Civil Veterinary Department Bengal reports 1923-33 - 1923-1933
Year: 1923
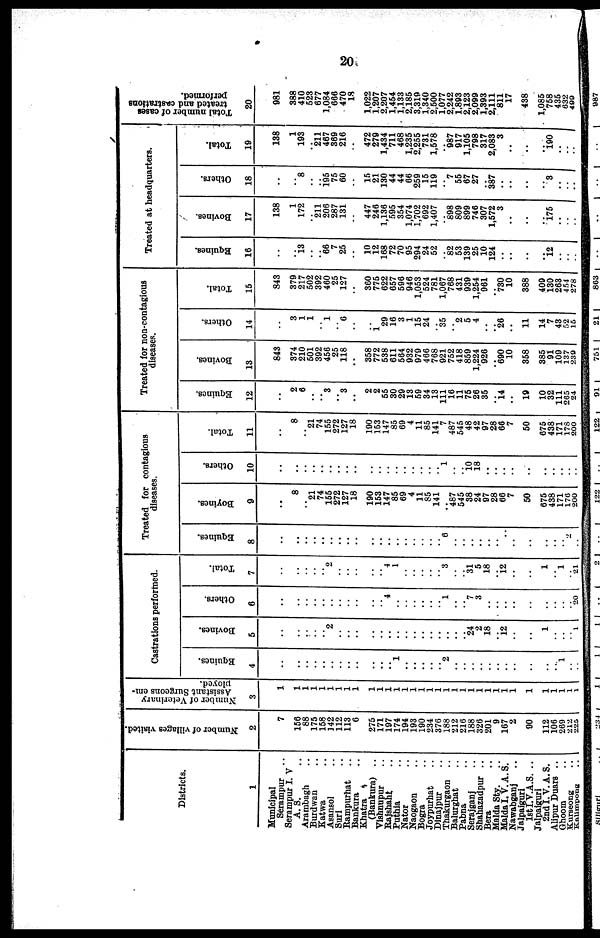
20
Districts.
1
Municipal
Serampur ..
Serampur I. V
A. S. ..
Arambagh ..
Burdwan ..
Katwa ..
Asansol ..
Suri ..
Rampurhat ..
Bankura ..
Khatra ..
(Bankura) ..
Vishnupur ..
Bajshaht ..
Puthia ..
Nator ..
Naogaon ..
Bogra ..
Joypurhat ..
Dinajpur ..
Thakurgaon ..
Balurghat ..
Pabna ..
Serajganj ..
Shahazadpur ..
Bera ..
Malda Sty. ..
Malda I.V.A.S.
Nawabganj ..
Jalpaiguri
1st I.V.A.S. ..
Jalpaiguri
2nd I. V. A. S.
Alipur Duars ..
Ghoom ..
Kurseong ..
Kalimpong ..
Number of villages visited.
2
7
156
88
175
158
142
112
113
6
275
171
197
174
194
193
190
234
370
188
212
216
188
326
201
9
167
2
90
112
106
269
212
225
Number of Veterinary
Assistant Surgeons em-
ployed.
3
1
1
1
1
1
1
1
1
1
1
1
1
1
1
1
1
1
1
1
1
1
1
1
1
1
1
1
1
1
1
1
1 1
Castrations performed.
Equines.
4
..
..
..
..
..
..
..
..
..
..
..
.. 1
..
..
..
..
.. 2
..
..
..
..
..
..
..
..
..
..
..
1
..
..
Bovines.
5
..
..
..
..
.. 2
..
..
..
..
..
..
..
..
..
..
..
..
..
..
.. 24
2
18
.. 12
..
..
1
..
..
.. 1
Others.
6
..
..
..
..
..
..
.. .. ..
..
..
.. 4
..
..
..
..
..
.. 1
..
.. 7
3
..
..
..
..
..
..
..
..
.. 20
Total.
7
..
..
..
..
.. 2
..
..
..
..
.. 4
1
..
..
..
..
.. 3
..
.. 31
5
18
.. 12
..
..
1
.. 1
.. 21
Treated for contagious
diseases.
Equines.
8
..
..
..
..
..
..
..
..
..
..
..
..
..
..
..
..
..
.. 6
..
..
..
..
..
..
..
..
..
..
..
.. 2
..
Bovines.
9
..
8
.. 21
74
155
272
127
18
190
153
147
85
69
4
11
85
141
.. 487
545
38
24
97
28
66
7
50
675
438
171
176
200
Others.
10
..
..
..
..
..
..
..
..
..
..
..
..
..
..
..
..
..
.. 1
..
.. 10 18
..
..
..
..
..
..
..
..
..
..
Total.
11
..
8
.. 21
74
155
272
127
18
190
153
147
85
69
4
11
85
141
7
487
545
48
42
97
28
66
7
50
675
438
171
178
200
Treated for non-contagious
diseases.
Equines.
12
..
2
6
..
.. 3
.. 3
..
2
2
55
30
29
13
59
34
13
111
16
11
75
26
35
.. 14
..
19
10
32
111
265
24
Bovines.
13
843
374
210
501
392
456
25
118
..
358
772
538
611
564
932
979
466
768
921
752
418
859
1,224
926
.. 690
10
358
385
91
109
137
230
Others.
14
..
3
1
1
.. 1
.. 6
..
..
1 29
16
3
1
15
24
.. 35
.. 2
5
4
..
.. 26
..
11
14
7
43
52
15
Total.
15
843
379
217
502
392
460
25
127
..
360
775
622
657
596
946
1,053
524
781
1,067
768
431
939
1,254
961
.. 730
10
388
409
130
263
454
278
Treated at headquarters.
Equines.
16
..
.. 13
..
.. 66
7
25
..
10
12
168
72
70
95
294
24
52
.. 82
53
139
25
10
124
..
..
..
..
12
..
..
..
Bovines.
17
138
1
172
.. 211
206
287
131
..
447
246
1,136
595
354
1,074
1,702
692
1,407
.. 898
809
899
746
307
1,572
3
..
..
..
175
..
..
Others.
18
..
.. 8
..
.. 195
75
60
..
15
21
130
44
44
66
259
15
119
.. 7
55
67
27
.. 387
..
..
..
..
8
..
..
..
Total.
19
138
1
193
.. 211
467
869
216
..
472
279
1,434
711
468
1,235
2,255
731
1,578
.. 987
917
1,105
798
317
2,083
3
..
..
..
190
..
.. ..
Total number of cases
treated and castrations
performed.
20
981
388
410
523
677
1,084
666
470
18
1,022
1,207
2,207
1,454
1,133
2,185
3,319
1,340
2,500
1,077
2,242
1.893
2,123
2,099
1,393
2,111
811
17
438
1,085
758
435
632
400